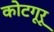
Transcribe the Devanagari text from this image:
कोटगूरू